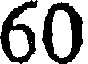
60